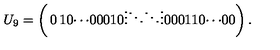
U _ { 9 } = \left( \begin{matrix} { 0 } & { 1 } & { 0 } & { \cdots } & { 0 } \\ { 0 } & { 0 } & { 1 } & { } & { 0 } \\ { \vdots } & { } & { \ddots } & { \ddots } & { \vdots } \\ { 0 } & { 0 } & { } & { 0 } & { 1 } \\ { 1 } & { 0 } & { \cdots } & { 0 } & { 0 } \\ \end{matrix} \right) .